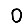
Digit: 0